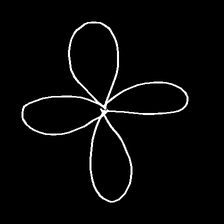
Glyph: billowing